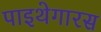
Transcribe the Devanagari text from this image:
पाइथेगारस